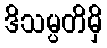
ဒိသမ္ပတိမှိ